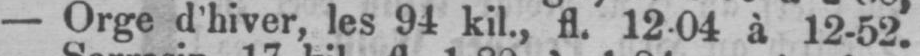
- Orge d’hiver, les 94 kil., fl. 12-04 à 12-52.